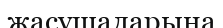
жасушаларына